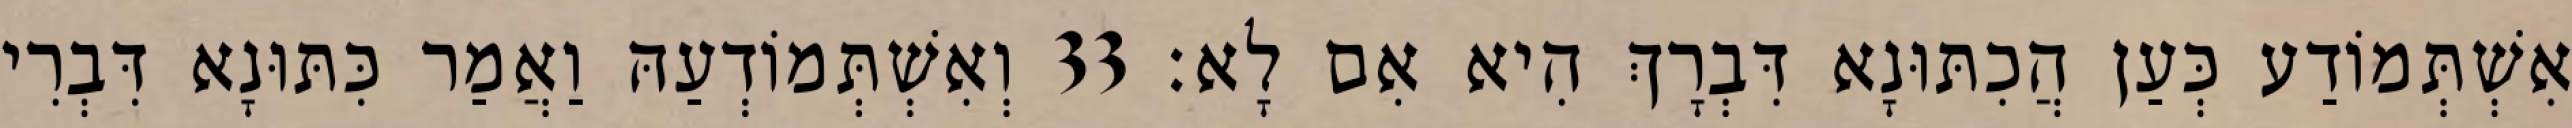
אִשְׁתְּמוֹדַע כְּעַן הֲכִתּוּנָא דִּבְרָךְ הִיא אִם לָא׃ 33 וְאִשְׁתְּמוֹדְעַהּ וַאֲמַר כִּתּוּנָא דִּבְרִי